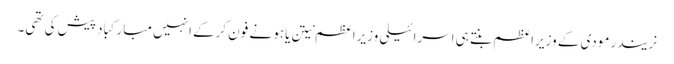
نریندر مودی کے وزیراعظم بنتے ہی اسرائیلی وزیراعظم نیتن یاہو نے فون کرکے انہیں مبارکباد پیش کی تھی۔